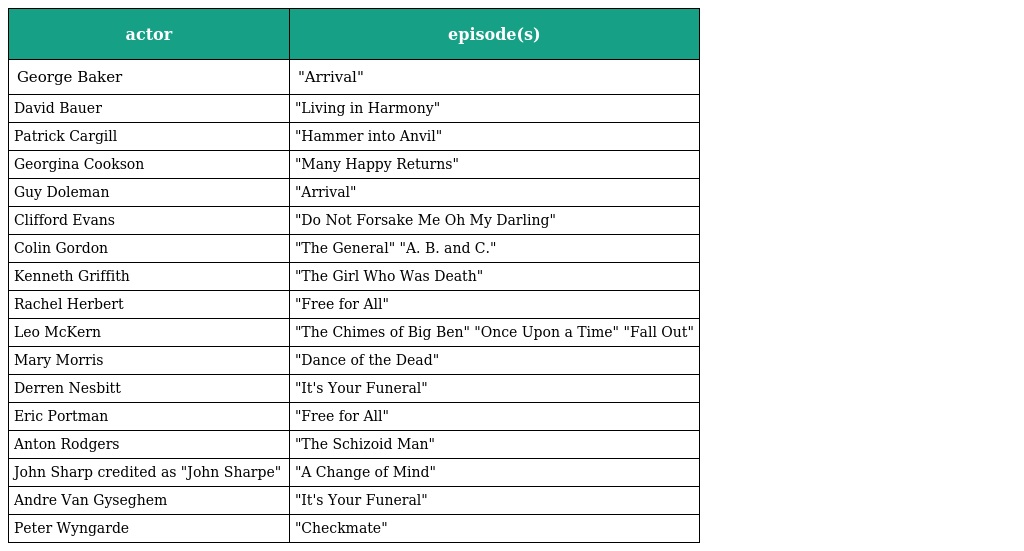
| actor | episode(s) |
 | --- | --- |
 | George Baker | "Arrival" |
 | David Bauer | "Living in Harmony" |
 | Patrick Cargill | "Hammer into Anvil" |
 | Georgina Cookson | "Many Happy Returns" |
 | Guy Doleman | "Arrival" |
 | Clifford Evans | "Do Not Forsake Me Oh My Darling" |
 | Colin Gordon | "The General" "A. B. and C." |
 | Kenneth Griffith | "The Girl Who Was Death" |
 | Rachel Herbert | "Free for All" |
 | Leo McKern | "The Chimes of Big Ben" "Once Upon a Time" "Fall Out" |
 | Mary Morris | "Dance of the Dead" |
 | Derren Nesbitt | "It's Your Funeral" |
 | Eric Portman | "Free for All" |
 | Anton Rodgers | "The Schizoid Man" |
 | John Sharp credited as "John Sharpe" | "A Change of Mind" |
 | Andre Van Gyseghem | "It's Your Funeral" |
 | Peter Wyngarde | "Checkmate" |